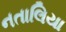
નતાલિયા